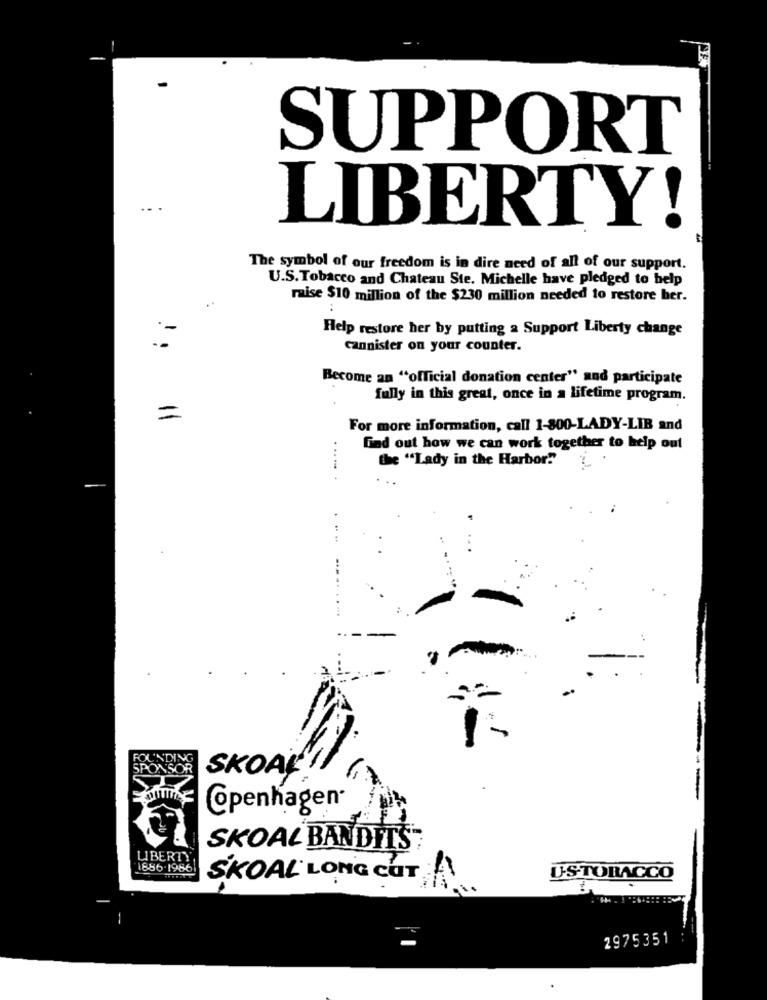
SUPPORT
...
LIBERTY!
The symbol of our freedom is in dire need of all of our support.
U.S.Tobacco and Chateau Ste. Michelle have pledged to help
..
raise $10 million of the $230 million needed to restore her.
Help restore her by putting a Support Liberty change
cannister on your counter.
Become an "official donation center" and participate
fully in this great, once in a lifetime program.
=
For more information, call 1-800-LADY-LIB and
find out how we can work together to help out
the "Lady in the Harbor""
SKOAť
---
Copenhagen
SKOAL BANDITS
LIBERTY
1886-1986
SKOAL LONG CUT
A
US-TOBACCO
2975351